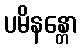
ပမိနန္တော